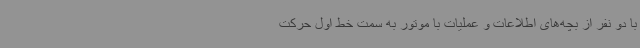
با دو نفر از بچه‌های اطلاعات و عملیات با موتور به سمت خط اول حرکت